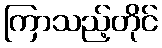
ကြာသည့်တိုင်